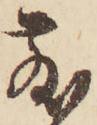
散